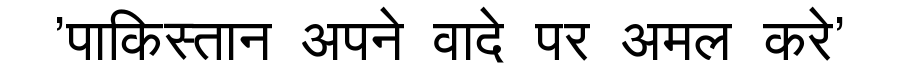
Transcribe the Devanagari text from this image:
'पाकिस्तान अपने वादे पर अमल करे'